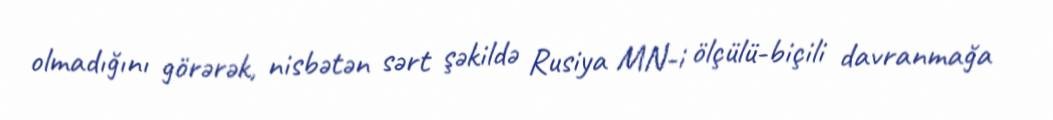
olmadığını görərək, nisbətən sərt şəkildə Rusiya MN-i ölçülü-biçili davranmağa